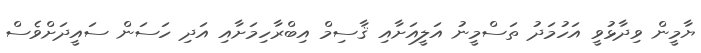
ޔާމީން ވިދާޅުވީ އަހުމަދު ތަސްމީނު އަލީއަށާއި ޤާސިމް އިބްރާހިމަށާއި އަދި ހަސަން ސައީދަށްވެސް